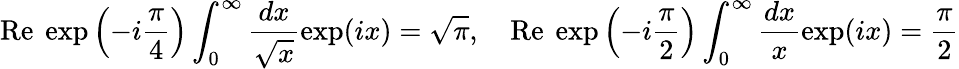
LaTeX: \mathrm{Re}~\exp\left(-i\frac{\pi}{4}\right)\int_{0}^{\infty}\frac{dx}{\sqrt{x}}\exp(ix)=\sqrt{\pi},\quad\mathrm{Re}~\exp\left(-i\frac{\pi}{2}\right)\int_{0}^{\infty}\frac{dx}{x}\exp(ix)=\frac{\pi}{2}